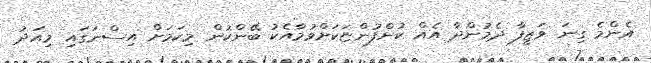
އެންމެ ގިނަ ވަޒީފާ ދެމުންދާ އެއް ކުންފުންޏަކަށްވުމާއެކު ބޭންކުން މިކަމަށް އިސްނަގައި މިއަދު